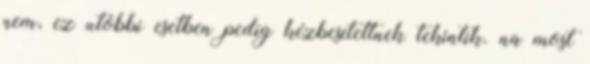
nem, ez utóbbi esetben pedig kézbesítettnek tekintik. na most